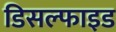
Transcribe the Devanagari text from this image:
डिसल्फाइड